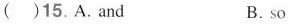
( )15. A. and B. so